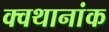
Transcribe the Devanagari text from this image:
क्वथानांक